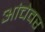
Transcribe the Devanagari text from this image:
आंचेवर